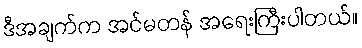
ဒီအချက်က အင်မတန် အရေးကြီးပါတယ်။